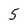
Character: 5